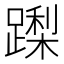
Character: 𮜏